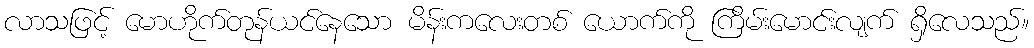
လာသဖြင့် မောဟိုက်တုန်ယင်နေသော မိန်းကလေးတစ် ယောက်ကို ကြိမ်းမောင်းလျက် ရှိလေသည်။